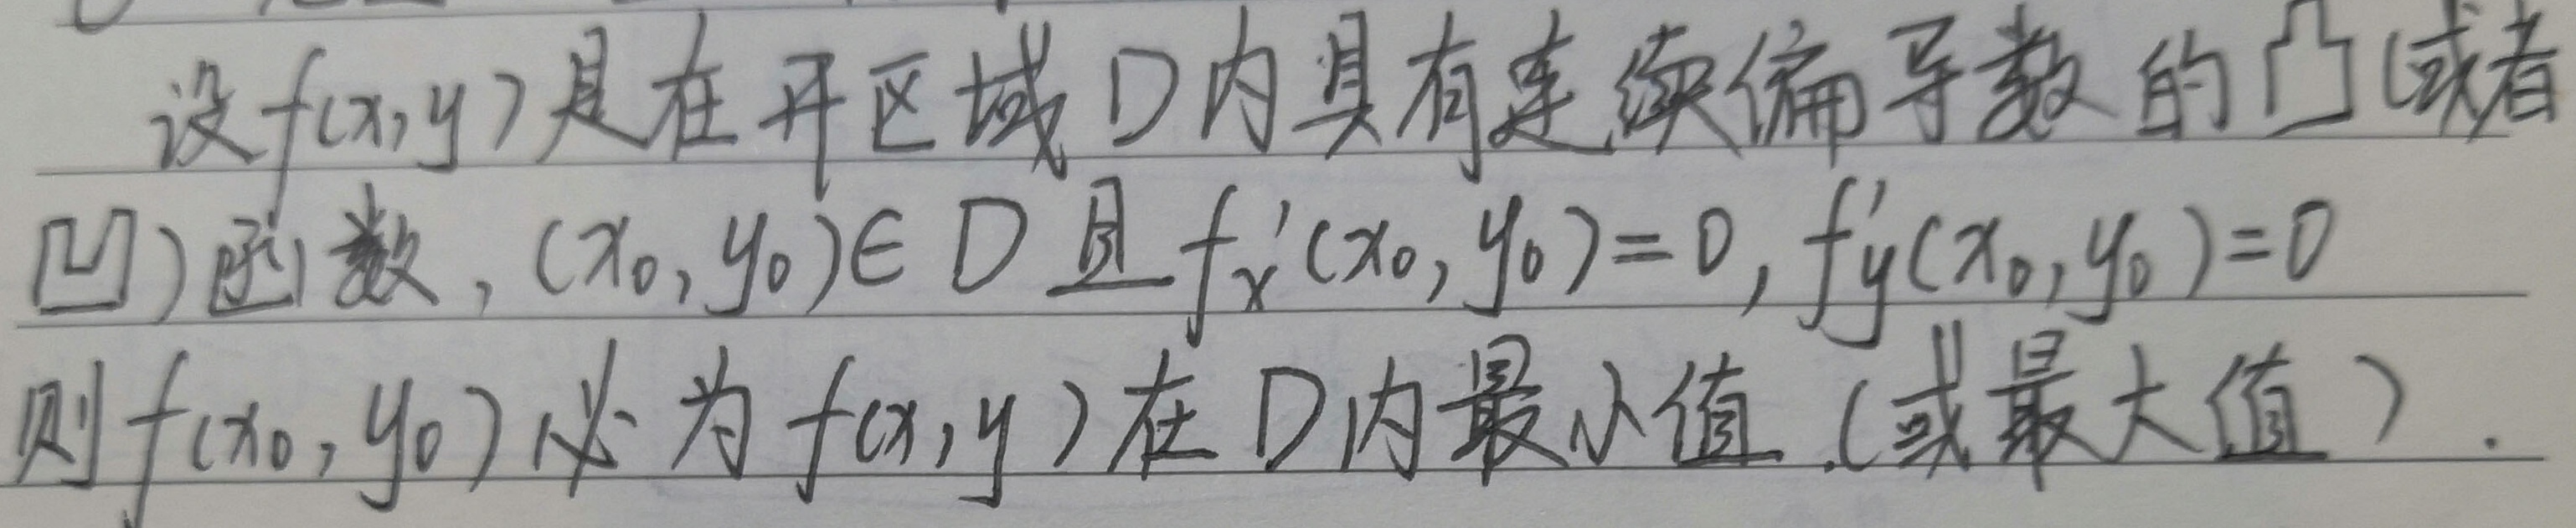
设\(f(x,y)\)是在开区域\(D\)内具有连续偏导数的凸（或者凹）函数，\((x_{0},y_{0})\in D\)且\(f_{x}'(x_{0},y_{0}) = 0\)，\(f_{y}'(x_{0},y_{0}) = 0\)，则\(f(x_{0},y_{0})\)必为\(f(x,y)\)在\(D\)内最小值（或最大值）。